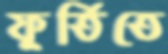
ফূর্তিতে